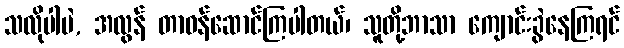
သလိုပါပဲ, အလွန် တာဝန်ဆောင်ကြပါတယ်၊ သူတို့ဘာသာ ကျောင်းခွဲနေကြရင်